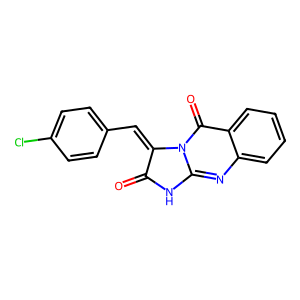
SMILES: O=c1[nH]c2nc3ccccc3c(=O)n2c1=Cc1ccc(Cl)cc1
Inhibits HIV replication: No